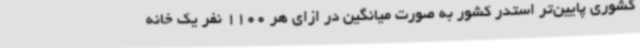
کشوری پایین‌تر استدر کشور به صورت میانگین در ازای هر 1100 نفر یک خانه